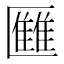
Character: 𠥥